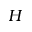
H